Insane asylums in Bengal annual reports 1876-1887 - 1876-1887
Year: 1876
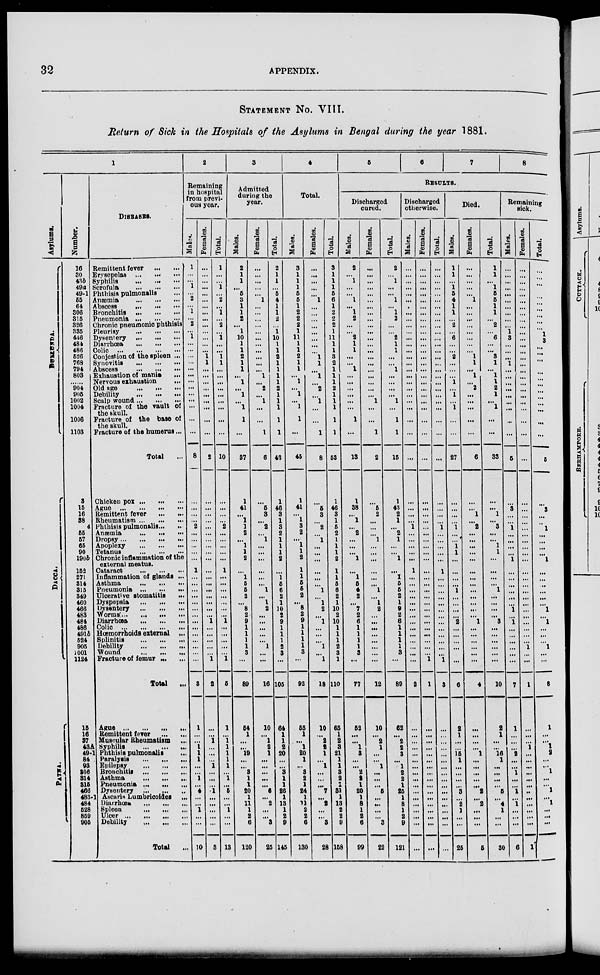
32
APPENDIX.
STATEMENT No. VIII.
Return of Sick in the Hospitals of the Asylums in Bengal during the year 1881.
1
Asylums.
DUL L UNDA.
Dacca.
Number.
16
30
43b
49a
49-1
55
64
306
815
826
335
446
484
486
526
768
794
803
......
904
905
1002
1004
1006
1103
3
15
16
38
4
55
57
65
90
1906
152
271
814
315
849
460
466
483
484
486
491b
624
905
1001
1124
DISEASES.
Remittent fever
... ...
Erysepelas
...
...
...
Syphilis ... ... ...
Scrofula
...
...
...
Phthisis pulmonalis ...
Anæmia
...
...
...
Abscess
...
...
...
Bronchitis
...
...
...
Pneumonia
...
...
...
Chronic pneumonic phthisis
Pleurisy ... ... ...
Dysentery
...
...
...
Diarrhœa
...
...
...
Colic
...
...
...
Conjestion of the spleen ...
Synovitis ... ... ...
Abscess ... ... ...
Exhaustion of mania
...
Nervous exhaustion
...
Old age
...
...
...
Debility
...
...
...
Scalp wound ... ... ...
Fracture of the vault of
the skull.
Fracture of the base of
the skull.
Fracture of the humerus ...
Total ...
Chicken pox ... ... ...
Ague
...
...
...
...
Remittent fever
...
...
Rheumatism ... ... ...
Phthisis pulmonalis ... ...
Antenna
...
...
...
Dropsy ... ... ... ...
Apoplexy
...
...
...
Tetanus
...
...
...
Chronic inflammation of the
external meatus.
Cataract
...
...
...
Inflammation of glands ...
Asthma
...
...
...
Pneumonia
...
...
...
Ulcerative stomatitis
...
Dyspepsia
...
...
...
Dysentery
...
...
...
Worms ... ... ... ...
Diarrhœa
...
...
...
Colic
...
...
...
...
Hœmorrhoids external ...
Splinitis
...
...
...
Debility ... ... ...
Wound
...
...
...
Fracture of femur ... ...
Total ...
2
Remaining
in hospital
from previ-
ous year.
Males.
1
...
...
1
...
2
...
1
...
2
...
1
...
...
...
...
...
...
...
...
...
...
...
...
8
...
...
...
...
2
...
..
...
...
....
1
..
...
...
...
...
...
...
...
. ..
...
...
...
...
3
Females.
...
...
...
...
...
...
...
...
...
...
...
...
...
...
1
1
...
...
...
...
...
...
...
...
...
2
...
...
...
...
...
...
...
...
...
...
...
...
...
...
...
...
...
...
1
...
...
...
...
...
1
2
Total.
1
...
...
1
...
2
...
1
...
2
...
1
...
...
1
1
...
...
...
...
...
...
...
...
...
10
...
...
...
2
...
...
...
...
...
1
...
...
...
...
...
...
...
1
...
...
...
...
...
1
5
3
Admitted
during the
year.
Males.
2
1
1
...
5
3
1
1
2
...
1
10
1
1
2
1
1
...
1
...
1
...
1
1
...
37
1
41
...
1
1
2
...
1
1
2
...
1
5
5
2
...
8
2
9
1
1
1
1
3
...
89
Females.
...
...
...
...
...
1
...
...
...
...
...
...
...
...
...
...
...
1
...
2
... ...
...
...
1
6
5
3
...
2
...
1
...
...
...
...
...
...
1
...
1
2
...
...
...
...
...
1
...
...
16
Total.
2
1
1
...
5
4
1
1
2
...
1
10
1
1
2
1
1
1
1
2
1
1
1
1
1
43
1
46
3
1
3
2
1
1
1
2
...
1
6
6
2
1
10
2
9
1
1
1
2
3
105
4
Total.
Males.
3
1
1
1
5
5
1
2
2
2
1
11
1
1
2
1
1
...
1
...
1
1
1
...
45
1
41
...
1
3
2
...
1
1
2
1
1
5
5
2
5 2
9
1
1
1
1
8
...
92
Females.
...
...
...
...
...
1
...
...
...
...
...
...
...
...
1
1
...
1
...
2
...
...
1
8
6
3
...
2
...
1
...
...
...
...
1
...
1
2
...
1
...
...
...
1
...
1
18
Total.
3
1
1
1
5
6
1
2
2
2
1
11
1
1
3
2
1
1
1
2
1
1
1
1
1
53
1
46
3
1
5
2
1
1
1
2
1
1
5
6
2
1
10
2
10
1
1
1
2
3
1
110
5
6
7
8
RESULTS.
Discharged
cured.
Males.
2
...
1
...
...
...
1
1
2
...
...
2
1
1
...
...
1
...
...
...
...
...
...
1
...
13
1
38
...
1
...
2
...
...
...
1
...
1
5
4
2
...
7
2
6
1
1
1
1
3
...
77
Females.
...
...
...
...
...
...
...
...
...
...
...
...
...
...
...
...
...
...
...
...
... ...
...
...
1
2
5
2
...
...
...
1
...
...
...
...
...
...
1
...
1
2
...
...
...
...
...
...
...
...
12
Tot al .
2
...
1
...
...
1
...
1
2
...
...
2
1
1
...
...
1
...
...
...
...
...
...
1
1
15
1
43
2
1
...
2
1
...
...
1
...
I
5
5
2
1
9
2
6
1
1
1
1
3
...
89
Discharged
otherwise.
Mal es .
...
...
...
...
...
...
...
...
...
...
...
...
...
...
...
...
...
...
...
...
...
...
...
...
...
...
...
...
...
...
1
...
...
...
...
...
1
...
...
...
...
...
...
...
...
...
...
...
...
...
1
2
Females.
...
...
...
...
...
...
...
...
... ...
... ...
... ...
... ....
... ...
... ...
... ...
...
...
...
...
...
...
...
...
...
...
...
...
...
...
...
...
...
...
...
...
...
...
...
...
...
...
...
...
...
...
...
...
...
1
1
Total.
...
...
...
...
...
...
...
...
...
...
...
...
...
...
...
...
...
...
...
...
...
...
...
...
...
...
...
...
1
...
...
...
...
...
1
...
...
...
...
...
...
..
...
...
...
...
...
1
3
Died.
Males.
1
1
...
1
5
4
1
1
...
2
...
6
...
...
2
...
...
...
1
...
1
...
1
...
...
27
...
...
...
1
... 4
1
1
...
...
...
...
1
...
...
...
...
2
...
...
...
...
...
...
6
Females.
...
...
...
...
...
1
...
...
...
...
...
...
...
...
1
1
1
...
2
...
...
...
...
...
6
...
...
1
...
2
...
...
...
...
...
...
...
...
...
...
...
...
...
1
...
...
...
...
...
...
4
Total.
1
1
...
1
5
5
1
1
...
2
...
6
...
...
3
1
...
1
1
2
1
...
1
...
...
33
...
...
1
...
3
...
...
1
1
...
...
...
...
1
...
...
...
...
3
...
...
...
...
...
...
10
Remaining
sick.
Males.
...
...
...
...
...
...
...
...
...
...
1
3
...
...
...
1
...
...
...
...
...
...
...
...
5
...
3
...
...
1
...
...
...
...
1
...
...
...
...
...
...
1
...
1
...
...
...
...
...
...
7
Females.
...
...
...
...
...
...
...
...
...
...
...
...
...
...
...
...
...
...
...
...
...
...
...
...
...
...
...
...
...
...
...
...
...
...
...
...
...
...
...
...
...
...
...
...
...
...
...
...
1
...
...
1
Total.
...
...
...
...
...
...
...
...
...
...
1
3
...
...
...
...
... ...
...
...
...
...
...
...
...
6
...
3
...
...
1
...
...
...
...
1
...
...
...
...
...
...
1
...
1
...
...
...
1
...
...
8
P ATNA.
15
16
37
43A
49-1
84 .
93
306
314
815
466
483-1
484
628
859
905
Ague
...
...
...
...
Remittent fever ... ...
Muscular Rheumatism ...
Syphilis
...
...
...
Phthisis pulmonalis
...
Paralysis
...
...
...
Epilepsy ... ... ...
Bronchitis
...
...
...
Asthma
...
...
...
Pneumonia ...
...
...
Dysentery ... ... ...
Ascaris Lumbricoides ...
Diarrhoea
...
...
...
Spleen ... ... ...
Ulcer
...
...
...
...
Debility
...
...
...
Total
...
1
...
...
1
1
1
...
...
1
...
4
...
...
... ...
...
10
...
...
...
1
...
...
...
1
...
...
...
.1
...
...
...
...
...
3
...
1
...
1
1
1
1
1
...
1
...
5
...
...
1
...
...
13
...
54
1
...
...
19
...
...
3
1
1
20
1
11
1
2
6
120
...
10
...
1
2
1
...
...
...
...
...
6
...
2
...
...
3
25
...
64
1
1
2
20
...
...
3
1
1
26
1
13
1
2
9
145
...
65
1
...
1
20
1
...
3
2
1
24
1
11
2
2
6
130
...
10
...
2
2
1
...
1
...
...
...
7
...
2
...
...
3
28
...
65
1
2
3
21
1
1
3
2
1
31
1
13
2
2
9
158
...
52
...
...
1
3
...
...
2
2
1
20
1
8
1
2
6
99
...
10
2
1
...
...
1
...
...
...
5
...
...
...
...
3
22
...
62
...
2
2
3
...
1
2
2
1
25
1
8
1
2
9
121
...
...
...
...
...
...
...
...
...
...
...
...
...
...
...
...
...
...
...
...
...
...
...
...
...
...
...
...
...
...
...
...
...
...
...
...
...
...
...
...
...
...
...
...
...
...
...
...
...
...
...
...
...
...
...
2
1
...
...
15
1
...
...
...
...
3
...
2
1
...
...
25
...
...
...
...
...
1
...
...
...
...
...
2
...
2
...
...
...
6
...
2
1
...
...
16
1
...
...
...
...
5
...
4
1
...
...
30
...
1
...
...
...
2
...
...
1
...
...
1
...
...
...
...
...
6
...
...
...
...
1
...
...
...
...
...
...
..
...
...
...
...
...
1
...
1
...
...
1
2
...
...
1
...
...
1
...
1
...
...
...
...
...